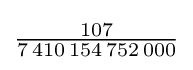
{\tfrac {107}{7\,410\,154\,752\,000}}